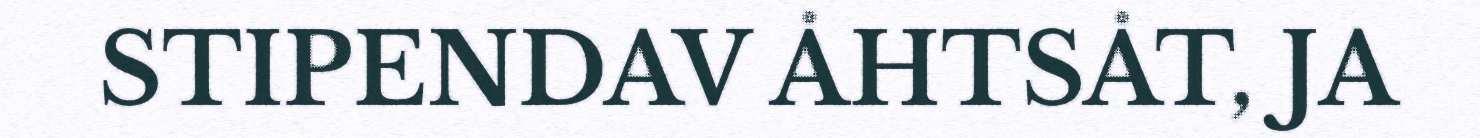
STIPENDAV ÅHTSÅT, JA